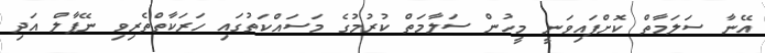
އޭނާ ސަލަމާތް ކޮށްފައިވަނީ މީހުން ސަލާމަތް ކުރުމުގެ މަސައްކަތުގައި ހަރަކާތްތެރިވި ނޭޕާލް އަދި